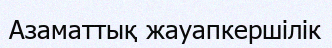
Азаматтық жауапкершілік